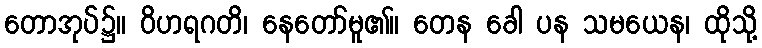
တောအုပ်၌။ ဝိဟရဂတိ၊ နေတော်မူ၏။ တေန ခေါ ပန သမယေန၊ ထိုသို့